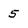
Character: 5